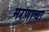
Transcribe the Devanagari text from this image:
मरणाचा